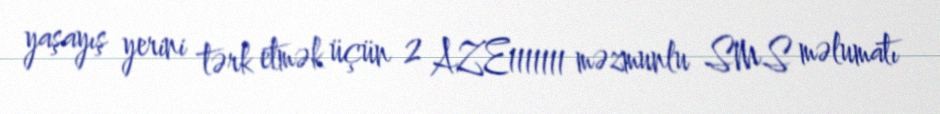
yaşayış yerini tərk etmək üçün 2 AZE1111111 məzmunlu SMS məlumatı